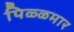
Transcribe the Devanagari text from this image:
पिळ्ळमार